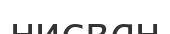
нисван